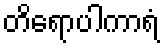
တိရောပါကာရံ